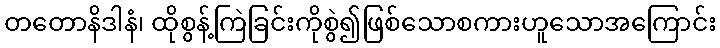
တတောနိဒါနံ၊ ထိုစွန့်ကြဲခြင်းကိုစွဲ၍ဖြစ်သောစကားဟူသောအကြောင်း